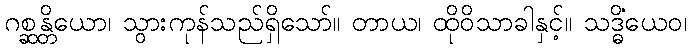
ဂစ္ဆန္တိယော၊ သွားကုန်သည်ရှိသော်။ တာယ၊ ထိုဝိသာခါနှင့်။ သဒ္ဓိံယေဝ၊